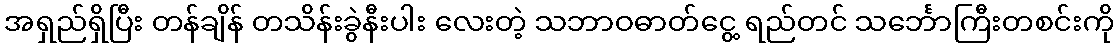
အရှည်ရှိပြီး တန်ချိန် တသိန်းခွဲနီးပါး လေးတဲ့ သဘာဝဓာတ်ငွေ့ ရည်တင် သင်္ဘောကြီးတစင်းကို